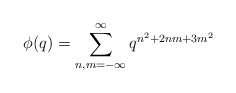
\begin{align*}\phi(q)=\sum^{\infty}_{n,m=-\infty}q^{n^2+2nm+3m^2}\end{align*}